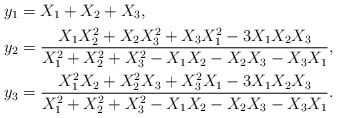
\begin{align*} y_1 &= X_1+X_2+X_3, \\ y_2 &= \frac{X_1X_2^2+X_2X_3^2+X_3X_1^2-3X_1X_2X_3}{X_1^2+X_2^2+X_3^2-X_1X_2-X_2X_3-X_3X_1},\\ y_3 &= \frac{X_1^2X_2+X_2^2X_3+X_3^2X_1-3X_1X_2X_3}{X_1^2+X_2^2+X_3^2-X_1X_2-X_2X_3-X_3X_1}. \end{align*}